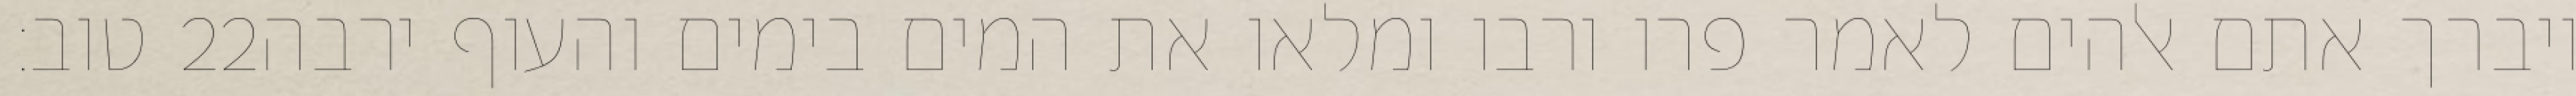
טוב׃ ‎22‏ ויברך אתם אלהים לאמר פרו ורבו ומלאו את המים בימים והעוף ירבה